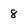
Character: 8